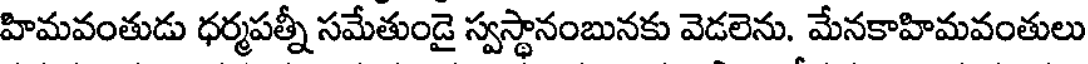
హిమవంతుడు ధర్మపత్నీ సమేతుండై స్వస్థానంబునకు వెడలెను. మేనకాహిమవంతులు